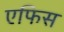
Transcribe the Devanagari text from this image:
एफिस